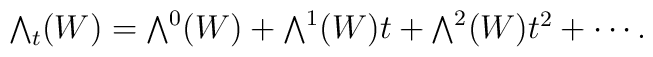
\textstyle\bigwedge_t(W) = \bigwedge^0 (W) +\bigwedge^1(W)t +\bigwedge^2 (W)t^2 +\cdots.